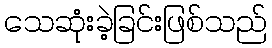
သေဆုံးခဲ့ခြင်းဖြစ်သည်